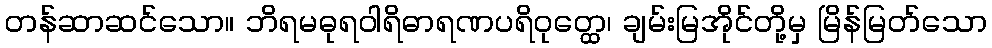
တန်ဆာဆင်သော။ ဘိရမဓုရဝါရိဓာရဏပရိဝုတ္ထေ၊ ချမ်းမြအိုင်တို့မှ မြိန်မြတ်သော